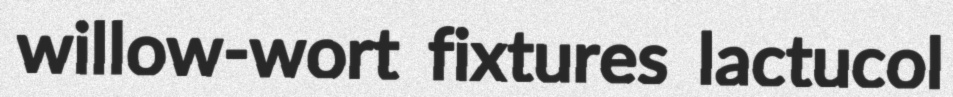
willow-wort fixtures lactucol